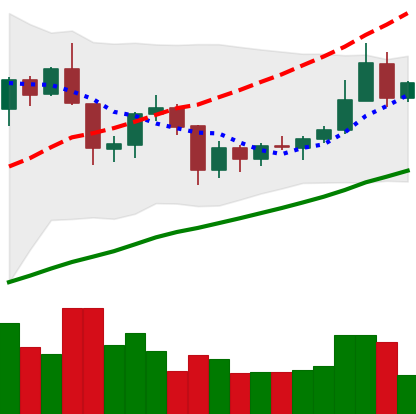
Ticker: XRP-USD
Chart end date: 2019-06-19
Forward return: 7.617%
Label: up_7plus